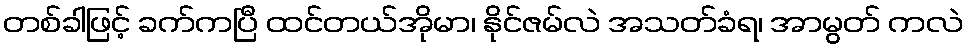
တစ်ခါဖြင့် ခက်ကပြီ ထင်တယ်အိုမာ၊ နိုင်ဇမ်လဲ အသတ်ခံရ၊ အာမွတ် ကလဲ